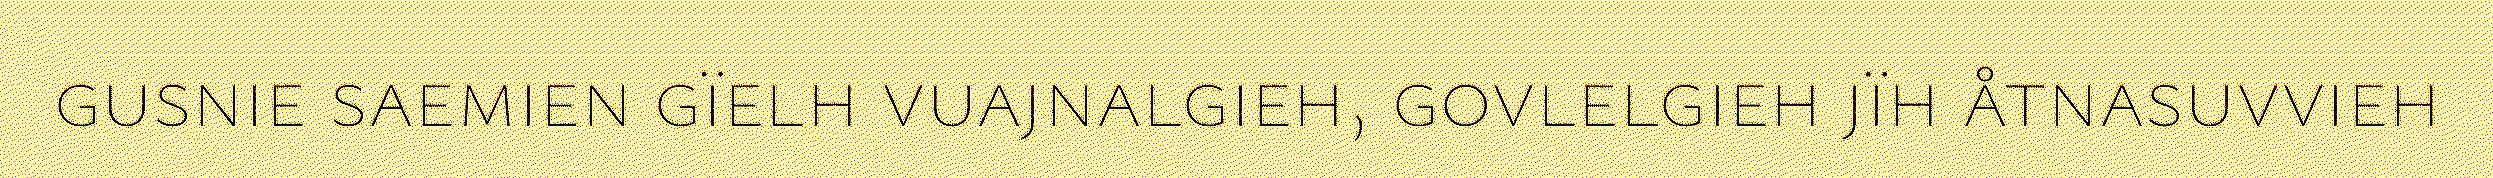
gusnie saemien gïelh vuajnalgieh, govlelgieh jïh åtnasuvvieh